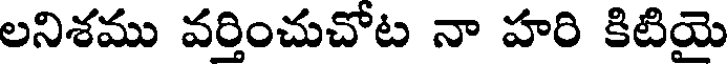
లనిశము వర్తించుచోట నా హరి కిటియై